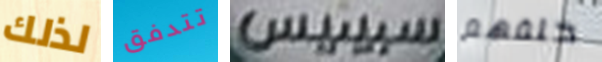
لذلك تتدفق سبينيس خلفهم